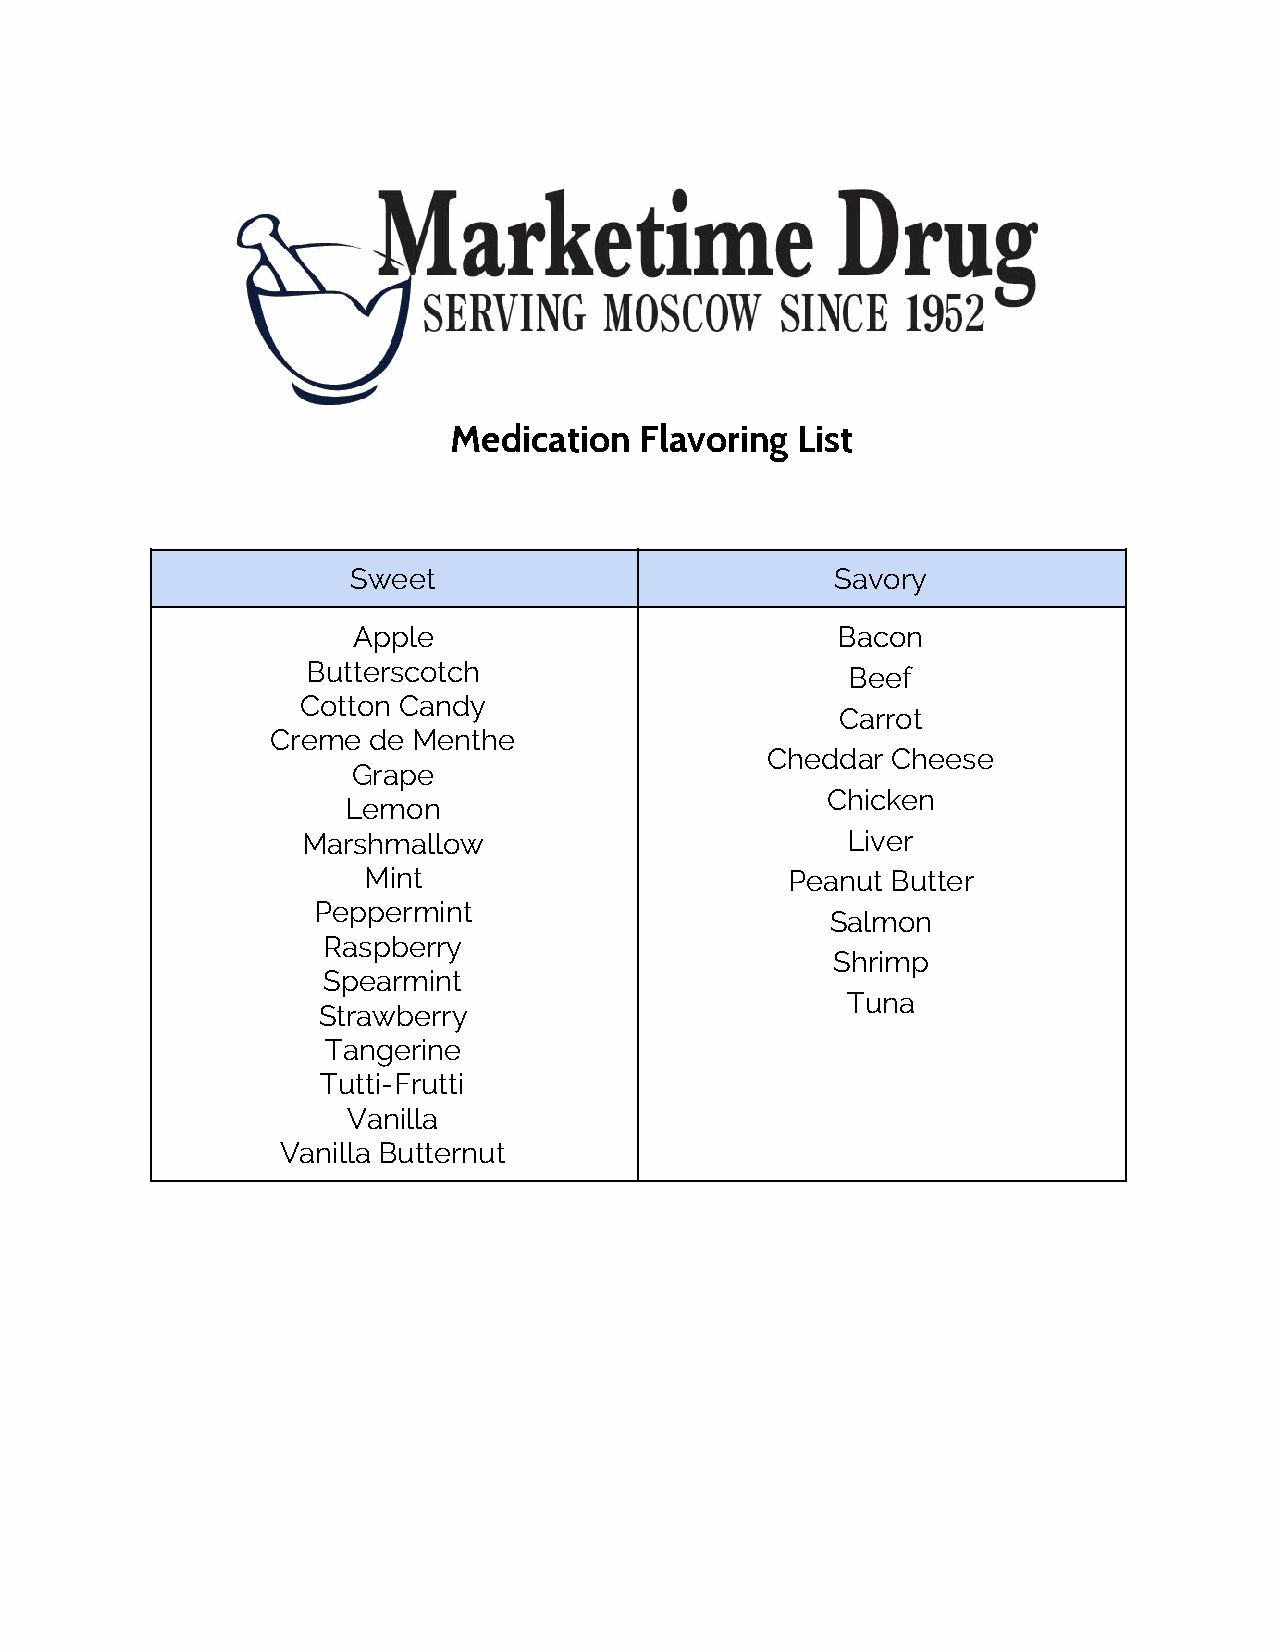
Medication  Flavoring  List
 Sweet                           Savory
 Apple                           Bacon
 Butterscotch                        Beef
 Cotton Candy
 Carrot
 Creme de Menthe
 Cheddar Cheese
 Grape
 Chicken
 Lemon
 Marshmallow                         Liver
 Mint                        Peanut Butter
 Peppermint
 Salmon
 Raspberry
 Shrimp
 Spearmint
 Tuna
 Strawberry
 Tangerine
 Tutti-Frutti
 Vanilla
 Vanilla Butternut